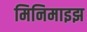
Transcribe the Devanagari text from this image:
मिनिमाइझ